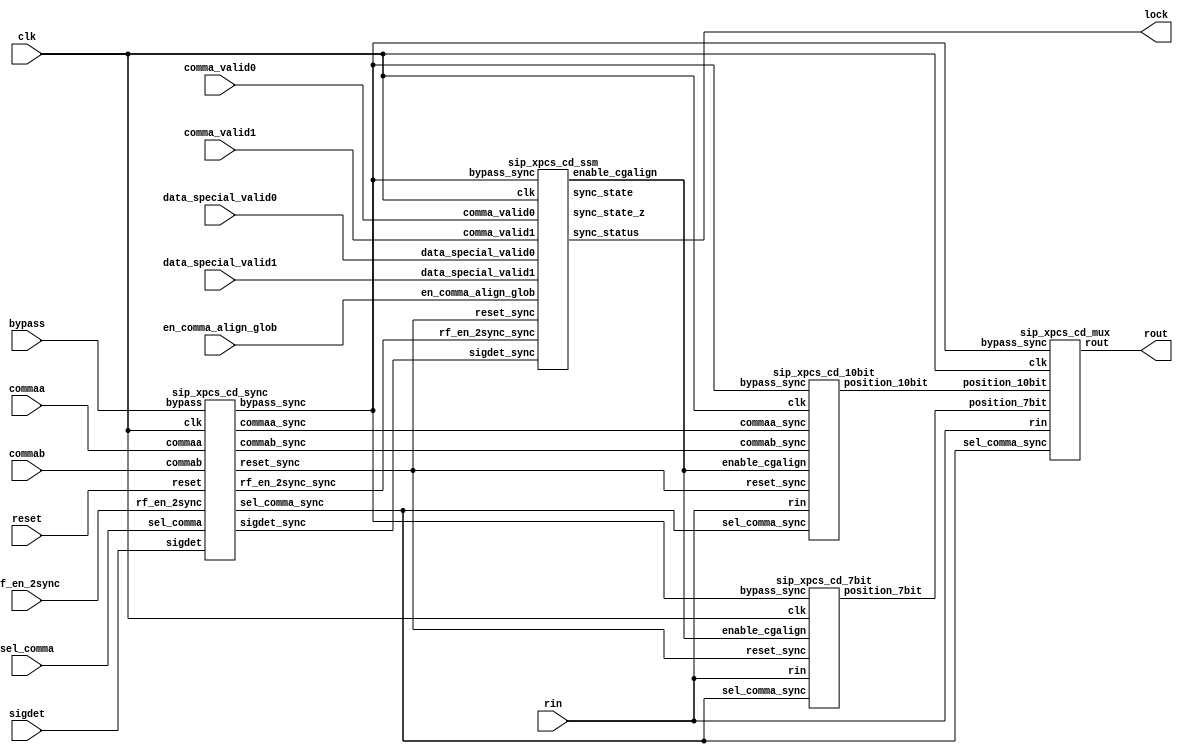
//-----------------------------------------------------------------------------
// Title         : sip_xpcs_comma_detect
// Project       : SIP
//-----------------------------------------------------------------------------
//-----------------------------------------------------------------------------
// Description : This block is the comma detect block. It search for comma
// for data received from serdes, after comma is found offset is locked 
// and correct data is forwarded to next block.    
//-----------------------------------------------------------------------------
// Copyright (c) 2007  Marvell International Ltd.
//
// THIS CODE CONTAINS CONFIDENTIAL INFORMATION OF MARVELL SEMICONDUCTOR, INC.
// NO RIGHTS ARE GRANTED HEREIN UNDER ANY PATENT, MASK WORK RIGHT OR COPYRIGHT
// OF MARVELL OR ANY THIRD PARTY. MARVELL RESERVES THE RIGHT AT ITS SOLE
// DISCRETION TO REQUEST THAT THIS CODE BE IMMEDIATELY RETURNED TO MARVELL.
// THIS CODE IS PROVIDED "AS IS". MARVELL MAKES NO WARRANTIES, EXPRESS,
// IMPLIED OR OTHERWISE, REGARDING ITS ACCURACY, COMPLETENESS OR PERFORMANCE.
//
//------------------------------------------------------------------------------
// Modification history :
// 12/12/2007  : created
//-----------------------------------------------------------------------------
module sip_xpcs_comma_detect (/*AUTOARG*/
   // Outputs
   lock, rout, 
   // Inputs
   bypass, clk, comma_valid0, comma_valid1, commaa, commab, 
   data_special_valid0, data_special_valid1, reset, rin, sel_comma, 
   sigdet, en_comma_align_glob, rf_en_2sync
   );



   output		lock;			// From cd_ssm of cd_ssm.v
   output [19:0]	rout;			// From cd_mux of cd_mux.v

   input		bypass;			// To cd_7bit of cd_7bit.v, ...
   input		clk;			// To cd_7bit of cd_7bit.v, ...
   input		comma_valid0;		// To cd_ssm of cd_ssm.v
   input		comma_valid1;		// To cd_ssm of cd_ssm.v
   input [9:0]		commaa;			// To cd_10bit of cd_10bit.v
   input [9:0]		commab;			// To cd_10bit of cd_10bit.v
   input		data_special_valid0;	// To cd_ssm of cd_ssm.v
   input		data_special_valid1;	// To cd_ssm of cd_ssm.v
   input		reset;			// To cd_7bit of cd_7bit.v, ...
   input [19:0]		rin;			// To cd_7bit of cd_7bit.v, ...
   input		sel_comma;		// To cd_7bit of cd_7bit.v, ...
   input		sigdet;			// To cd_ssm of cd_ssm.v
   input 		en_comma_align_glob;    // To cd_ssm. Added by Erez Reches 21Oct01
   input                rf_en_2sync;          // Skip Synch FSM 
   /*AUTOWIRE*/
   // Beginning of automatic wires (for undeclared instantiated-module outputs)
   wire			bypass_sync;		// From cd_sync of cd_sync.v
   wire [9:0]		commaa_sync;		// From cd_sync of cd_sync.v
   wire [9:0]		commab_sync;		// From cd_sync of cd_sync.v
   wire			enable_cgalign;		// From cd_ssm of cd_ssm.v
   wire [4:0]		position_10bit;		// From cd_10bit of cd_10bit.v
   wire [4:0]		position_7bit;		// From cd_7bit of cd_7bit.v
   wire			reset_sync;		// From cd_sync of cd_sync.v
   wire			sel_comma_sync;		// From cd_sync of cd_sync.v
   wire			sigdet_sync;		// From cd_sync of cd_sync.v
   wire [10:0]		sync_state;		// From cd_ssm of cd_ssm.v
   wire [10:0]		sync_state_z;		// From cd_ssm of cd_ssm.v
   // End of automatics

   wire                 rf_en_2sync_sync;

/*
   cd_ssm AUTO_TEMPLATE (
		  // Outputs
		  .sync_status		(lock));
*/


// drorb: Sample input signals
   sip_xpcs_cd_sync cd_sync (/*AUTOINST*/
		    // Outputs
		    .bypass_sync	(bypass_sync),
		    .commaa_sync	(commaa_sync[9:0]),
		    .commab_sync	(commab_sync[9:0]),
		    .reset_sync		(reset_sync),
		    .sel_comma_sync	(sel_comma_sync),
		    .sigdet_sync	(sigdet_sync),
		    .rf_en_2sync_sync(rf_en_2sync_sync),
		    // Inputs
		    .bypass		(bypass),
		    .clk		(clk),
		    .commaa		(commaa[9:0]),
		    .commab		(commab[9:0]),
		    .reset		(reset),
		    .sel_comma		(sel_comma),
		    .sigdet		(sigdet),
		    .rf_en_2sync           (rf_en_2sync));


// drorb: Find comma index 
   sip_xpcs_cd_7bit cd_7bit (/*AUTOINST*/
		    // Outputs
		    .position_7bit	(position_7bit[4:0]),
		    // Inputs
		    .bypass_sync	(bypass_sync),
		    .clk		(clk),
		    .enable_cgalign	(enable_cgalign),
		    .reset_sync		(reset_sync),
		    .rin		(rin[19:0]),
		    .sel_comma_sync	(sel_comma_sync));


// drorb: This block is not used.
   sip_xpcs_cd_10bit cd_10bit (/*AUTOINST*/
		      // Outputs
		      .position_10bit	(position_10bit[4:0]),
		      // Inputs
		      .bypass_sync	(bypass_sync),
		      .clk		(clk),
		      .commaa_sync	(commaa_sync[9:0]),
		      .commab_sync	(commab_sync[9:0]),
		      .enable_cgalign	(enable_cgalign),
		      .reset_sync	(reset_sync),
		      .rin		(rin[19:0]),
		      .sel_comma_sync	(sel_comma_sync));



// drorb: The 'cd_ssm' is the standard Synch FSM (Figure 48-7, 802.3ae)

   sip_xpcs_cd_ssm cd_ssm (/*AUTOINST*/
		  // Outputs
		  .enable_cgalign	(enable_cgalign),
		  .sync_status		(lock),			 // Templated
		  .sync_state		(sync_state[10:0]),
		  .sync_state_z		(sync_state_z[10:0]),
		  // Inputs
		  .bypass_sync		(bypass_sync),
		  .clk			(clk),
		  .comma_valid0		(comma_valid0),
		  .comma_valid1		(comma_valid1),
		  .data_special_valid0	(data_special_valid0),
		  .data_special_valid1	(data_special_valid1),
		  .reset_sync		(reset_sync),
		  .sigdet_sync		(sigdet_sync),
		  .en_comma_align_glob	(en_comma_align_glob),
		  .rf_en_2sync_sync   (rf_en_2sync_sync));


// drorb: 'sel_comma_sync' is always 1 (at Top level), which means only position_7bit is used.

   sip_xpcs_cd_mux cd_mux (/*AUTOINST*/
		  // Outputs
		  .rout			(rout[19:0]),
		  // Inputs
		  .bypass_sync		(bypass_sync),
		  .clk			(clk),
		  .position_7bit	(position_7bit[4:0]),
		  .position_10bit	(position_10bit[4:0]),
		  .rin			(rin[19:0]),
		  .sel_comma_sync	(sel_comma_sync));

endmodule // comma_detect


module sip_xpcs_cd_sync (/*AUTOARG*/
   // Outputs
   bypass_sync, commaa_sync, commab_sync, reset_sync, sel_comma_sync, 
   sigdet_sync, rf_en_2sync_sync, 
   // Inputs
   bypass, clk, commaa, commab, reset, sel_comma, sigdet, rf_en_2sync
   );

   output bypass_sync;
   output [9:0] commaa_sync;
   output [9:0] commab_sync;
   output reset_sync;
   output sel_comma_sync;
   output sigdet_sync;
   output rf_en_2sync_sync;

   input bypass;
   input clk;
   input [9:0] commaa;
   input [9:0] commab;
   input reset;
   input sel_comma;
   input sigdet;
   input rf_en_2sync; 

   reg bypass_sync;
   reg [9:0] commaa_sync;
   reg [9:0] commab_sync;
   reg reset_sync;
   reg sel_comma_sync;
   reg sigdet_sync;
   reg rf_en_2sync_sync;

   always @(posedge clk)
    begin
     bypass_sync <= #1 bypass;
     commaa_sync <= #1 commaa;
     commab_sync <= #1 commab;
     reset_sync <= #1 reset;
     sel_comma_sync <= #1 sel_comma;
     sigdet_sync <= #1 sigdet;
     rf_en_2sync_sync <= #1 rf_en_2sync;
    end

endmodule // cd_sync


module sip_xpcs_cd_7bit (/*AUTOARG*/
   // Outputs
   position_7bit, 
   // Inputs
   bypass_sync, clk, enable_cgalign, reset_sync, rin, sel_comma_sync
   );

   output [4:0] position_7bit;

   input bypass_sync;
   input clk;
   input enable_cgalign;
   input reset_sync;
   input [19:0] rin;
   input sel_comma_sync;

   parameter COMMA_N = 7'b1111100;
   parameter COMMA_P = 7'b0000011;
   parameter POSITION_0 = 5'd0;
   parameter POSITION_1 = 5'd1;
   parameter POSITION_2 = 5'd2;
   parameter POSITION_3 = 5'd3;
   parameter POSITION_4 = 5'd4;
   parameter POSITION_5 = 5'd5;
   parameter POSITION_6 = 5'd6;
   parameter POSITION_7 = 5'd7;
   parameter POSITION_8 = 5'd8;
   parameter POSITION_9 = 5'd9;
   parameter POSITION_10 = 5'd10;
   parameter POSITION_11 = 5'd11;
   parameter POSITION_12 = 5'd12;
   parameter POSITION_13 = 5'd13;
   parameter POSITION_14 = 5'd14;
   parameter POSITION_15 = 5'd15;
   parameter POSITION_16 = 5'd16;
   parameter POSITION_17 = 5'd17;
   parameter POSITION_18 = 5'd18;
   parameter POSITION_19 = 5'd19;

   reg comma_found;
   //reg [19:0] comma_pos;
   reg [4:0] position_7bit;
   reg [4:0] position;
   reg [19:0] rin_z;
   
   reg comma_pos_0;
   reg comma_pos_1;
   reg comma_pos_2;
   reg comma_pos_3;
   reg comma_pos_4;
   reg comma_pos_5;
   reg comma_pos_6;
   reg comma_pos_7;
   reg comma_pos_8;
   reg comma_pos_9;
   reg comma_pos_10;
   reg comma_pos_11;
   reg comma_pos_12;
   reg comma_pos_13;
   reg comma_pos_14;
   reg comma_pos_15;
   reg comma_pos_16;
   reg comma_pos_17;
   reg comma_pos_18;
   reg comma_pos_19;


   wire [19:0] comma_pos;

   assign comma_pos = {comma_pos_19,
                       comma_pos_18,
                       comma_pos_17,
                       comma_pos_16,
                       comma_pos_15,
                       comma_pos_14,
                       comma_pos_13,
                       comma_pos_12,
                       comma_pos_11,
                       comma_pos_10,
                       comma_pos_9,
                       comma_pos_8,
                       comma_pos_7,
                       comma_pos_6,
                       comma_pos_5,
                       comma_pos_4,
                       comma_pos_3,
                       comma_pos_2,
                       comma_pos_1,
                       comma_pos_0};
     
   wire [25:0] datain;
   wire reset_7bit_det;

   assign reset_7bit_det = reset_sync | bypass_sync | ~sel_comma_sync;
   assign datain = {rin[5:0],rin_z};

   always @(posedge clk)
    begin
     rin_z <= #1 rin;
    end

   always @(posedge clk)
    begin
     if (reset_7bit_det)
      begin
       comma_pos_0 <= 1'b0;
      end
     else if ((datain[6:0] == COMMA_N) | (datain[6:0] == COMMA_P))
      begin
       comma_pos_0 <= 1'b1;
      end
     else
      begin
       comma_pos_0 <= 1'b0;
      end
    end

   always @(posedge clk)
    begin
     if (reset_7bit_det)
      begin
       comma_pos_1 <= 1'b0;
      end
     else if ((datain[7:1] == COMMA_N) | (datain[7:1] == COMMA_P))
      begin
       comma_pos_1 <= 1'b1;
      end
     else
      begin
       comma_pos_1 <= 1'b0;
      end
    end

   always @(posedge clk)
    begin
     if (reset_7bit_det)
      begin
       comma_pos_2 <= 1'b0;
      end
     else if ((datain[8:2] == COMMA_N) | (datain[8:2] == COMMA_P))
      begin
       comma_pos_2 <= 1'b1;
      end
     else
      begin
       comma_pos_2 <= 1'b0;
      end
    end

   always @(posedge clk)
    begin
     if (reset_7bit_det)
      begin
       comma_pos_3 <= 1'b0;
      end
     else if ((datain[9:3] == COMMA_N) | (datain[9:3] == COMMA_P))
      begin
       comma_pos_3 <= 1'b1;
      end
     else
      begin
       comma_pos_3 <= 1'b0;
      end
    end

   always @(posedge clk)
    begin
     if (reset_7bit_det)
      begin
       comma_pos_4 <= 1'b0;
      end
     else if ((datain[10:4] == COMMA_N) | (datain[10:4] == COMMA_P))
      begin
       comma_pos_4 <= 1'b1;
      end
     else
      begin
       comma_pos_4 <= 1'b0;
      end
    end

   always @(posedge clk)
    begin
     if (reset_7bit_det)
      begin
       comma_pos_5 <= 1'b0;
      end
     else if ((datain[11:5] == COMMA_N) | (datain[11:5] == COMMA_P))
      begin
       comma_pos_5 <= 1'b1;
      end
     else
      begin
       comma_pos_5 <= 1'b0;
      end
    end

   always @(posedge clk)
    begin
     if (reset_7bit_det)
      begin
       comma_pos_6 <= 1'b0;
      end
     else if ((datain[12:6] == COMMA_N) | (datain[12:6] == COMMA_P))
      begin
       comma_pos_6 <= 1'b1;
      end
     else
      begin
       comma_pos_6 <= 1'b0;
      end
    end

   always @(posedge clk)
    begin
     if (reset_7bit_det)
      begin
       comma_pos_7 <= 1'b0;
      end
     else if ((datain[13:7] == COMMA_N) | (datain[13:7] == COMMA_P))
      begin
       comma_pos_7 <= 1'b1;
      end
     else
      begin
       comma_pos_7 <= 1'b0;
      end
    end

   always @(posedge clk)
    begin
     if (reset_7bit_det)
      begin
       comma_pos_8 <= 1'b0;
      end
     else if ((datain[14:8] == COMMA_N) | (datain[14:8] == COMMA_P))
      begin
       comma_pos_8 <= 1'b1;
      end
     else
      begin
       comma_pos_8 <= 1'b0;
      end
    end

   always @(posedge clk)
    begin
     if (reset_7bit_det)
      begin
       comma_pos_9 <= 1'b0;
      end
     else if ((datain[15:9] == COMMA_N) | (datain[15:9] == COMMA_P))
      begin
       comma_pos_9 <= 1'b1;
      end
     else
      begin
       comma_pos_9 <= 1'b0;
      end
    end

   always @(posedge clk)
    begin
     if (reset_7bit_det)
      begin
       comma_pos_10 <= 1'b0;
      end
     else if ((datain[16:10] == COMMA_N) | (datain[16:10] == COMMA_P))
      begin
       comma_pos_10 <= 1'b1;
      end
     else
      begin
       comma_pos_10 <= 1'b0;
      end
    end

   always @(posedge clk)
    begin
     if (reset_7bit_det)
      begin
       comma_pos_11 <= 1'b0;
      end
     else if ((datain[17:11] == COMMA_N) | (datain[17:11] == COMMA_P))
      begin
       comma_pos_11 <= 1'b1;
      end
     else
      begin
       comma_pos_11 <= 1'b0;
      end
    end

   always @(posedge clk)
    begin
     if (reset_7bit_det)
      begin
       comma_pos_12 <= 1'b0;
      end
     else if ((datain[18:12] == COMMA_N) | (datain[18:12] == COMMA_P))
      begin
       comma_pos_12 <= 1'b1;
      end
     else
      begin
       comma_pos_12 <= 1'b0;
      end
    end

   always @(posedge clk)
    begin
     if (reset_7bit_det)
      begin
       comma_pos_13 <= 1'b0;
      end
     else if ((datain[19:13] == COMMA_N) | (datain[19:13] == COMMA_P))
      begin
       comma_pos_13 <= 1'b1;
      end
     else
      begin
       comma_pos_13 <= 1'b0;
      end
    end

   always @(posedge clk)
    begin
     if (reset_7bit_det)
      begin
       comma_pos_14 <= 1'b0;
      end
     else if ((datain[20:14] == COMMA_N) | (datain[20:14] == COMMA_P))
      begin
       comma_pos_14 <= 1'b1;
      end
     else
      begin
       comma_pos_14 <= 1'b0;
      end
    end

   always @(posedge clk)
    begin
     if (reset_7bit_det)
      begin
       comma_pos_15 <= 1'b0;
      end
     else if ((datain[21:15] == COMMA_N) | (datain[21:15] == COMMA_P))
      begin
       comma_pos_15 <= 1'b1;
      end
     else
      begin
       comma_pos_15 <= 1'b0;
      end
    end

   always @(posedge clk)
    begin
     if (reset_7bit_det)
      begin
       comma_pos_16 <= 1'b0;
      end
     else if ((datain[22:16] == COMMA_N) | (datain[22:16] == COMMA_P))
      begin
       comma_pos_16 <= 1'b1;
      end
     else
      begin
       comma_pos_16 <= 1'b0;
      end
    end

   always @(posedge clk)
    begin
     if (reset_7bit_det)
      begin
       comma_pos_17 <= 1'b0;
      end
     else if ((datain[23:17] == COMMA_N) | (datain[23:17] == COMMA_P))
      begin
       comma_pos_17 <= 1'b1;
      end
     else
      begin
       comma_pos_17 <= 1'b0;
      end
    end

   always @(posedge clk)
    begin
     if (reset_7bit_det)
      begin
       comma_pos_18 <= 1'b0;
      end
     else if ((datain[24:18] == COMMA_N) | (datain[24:18] == COMMA_P))
      begin
       comma_pos_18 <= 1'b1;
      end
     else
      begin
       comma_pos_18 <= 1'b0;
      end
    end

   always @(posedge clk)
    begin
     if (reset_7bit_det)
      begin
       comma_pos_19 <= 1'b0;
      end
     else if ((datain[25:19] == COMMA_N) | (datain[25:19] == COMMA_P))
      begin
       comma_pos_19 <= 1'b1;
      end
     else
      begin
       comma_pos_19 <= 1'b0;
      end
    end

   always @(posedge clk)
    begin
     if (reset_7bit_det)
      begin
       position_7bit <= #1 POSITION_0;
      end
     else if (~enable_cgalign)
      begin
       position_7bit <= #1 position_7bit;
      end
     else if (comma_found)
      begin
       position_7bit <= #1 position;
      end
     else
      begin
       position_7bit <= #1 position_7bit;
      end
    end

   always @(/*AUTOSENSE*/comma_pos or reset_7bit_det)
    begin
     if (reset_7bit_det)
      begin
       position = POSITION_0;
       comma_found = 1'b0;
      end // if (reset_7bit_det)
     else
      begin
       case (comma_pos) 
        20'b00000000000000000001, 20'b00000000010000000001:
         begin
          comma_found = 1'b1;
          position = POSITION_0;
         end
        20'b00000000000000000010, 20'b00000000100000000010:
         begin
          comma_found = 1'b1;
          position = POSITION_1;
         end
        20'b00000000000000000100, 20'b00000001000000000100:
         begin
          comma_found = 1'b1;
          position = POSITION_2;
         end
        20'b00000000000000001000, 20'b00000010000000001000:
         begin
          comma_found = 1'b1;
          position = POSITION_3;
         end
        20'b00000000000000010000, 20'b00000100000000010000:
         begin
          comma_found = 1'b1;
          position = POSITION_4;
         end
        20'b00000000000000100000, 20'b00001000000000100000:
         begin
          comma_found = 1'b1;
          position = POSITION_5;
         end
        20'b00000000000001000000, 20'b00010000000001000000:
         begin
          comma_found = 1'b1;
          position = POSITION_6;
         end
        20'b00000000000010000000, 20'b00100000000010000000:
         begin
          comma_found = 1'b1;
          position = POSITION_7;
         end
        20'b00000000000100000000, 20'b01000000000100000000:
         begin
          comma_found = 1'b1;
          position = POSITION_8;
         end
        20'b00000000001000000000, 20'b10000000001000000000:
         begin
          comma_found = 1'b1;
          position = POSITION_9;
         end
        20'b00000000010000000000:
         begin
          comma_found = 1'b1;
          position = POSITION_10;
         end
        20'b00000000100000000000:
         begin
          comma_found = 1'b1;
          position = POSITION_11;
         end
        20'b00000001000000000000:
         begin
          comma_found = 1'b1;
          position = POSITION_12;
         end
        20'b00000010000000000000:
         begin
          comma_found = 1'b1;
          position = POSITION_13;
         end
        20'b00000100000000000000:
         begin
          comma_found = 1'b1;
          position = POSITION_14;
         end
        20'b00001000000000000000:
         begin
          comma_found = 1'b1;
          position = POSITION_15;
         end
        20'b00010000000000000000:
         begin
          comma_found = 1'b1;
          position = POSITION_16;
         end
        20'b00100000000000000000:
         begin
          comma_found = 1'b1;
          position = POSITION_17;
         end
        20'b01000000000000000000:
         begin
          comma_found = 1'b1;
          position = POSITION_18;
         end
        20'b10000000000000000000:
         begin
          comma_found = 1'b1;
          position = POSITION_19;
         end
        default:
         begin
          comma_found = 1'b0;
          position = POSITION_0;
         end
       endcase
      end
    end

endmodule // cd_7bit


module sip_xpcs_cd_10bit (/*AUTOARG*/
   // Outputs
   position_10bit, 
   // Inputs
   bypass_sync, clk, commaa_sync, commab_sync, enable_cgalign, 
   reset_sync, rin, sel_comma_sync
   );

   output [4:0] position_10bit;

   input bypass_sync;
   input clk;
   input [9:0] commaa_sync;
   input [9:0] commab_sync;
   input enable_cgalign;
   input reset_sync;
   input [19:0] rin;
   input sel_comma_sync;

   parameter COMMA_N = 7'b1111100;
   parameter COMMA_P = 7'b0000011;
   parameter POSITION_0 = 5'd0;
   parameter POSITION_1 = 5'd1;
   parameter POSITION_2 = 5'd2;
   parameter POSITION_3 = 5'd3;
   parameter POSITION_4 = 5'd4;
   parameter POSITION_5 = 5'd5;
   parameter POSITION_6 = 5'd6;
   parameter POSITION_7 = 5'd7;
   parameter POSITION_8 = 5'd8;
   parameter POSITION_9 = 5'd9;
   parameter POSITION_10 = 5'd10;
   parameter POSITION_11 = 5'd11;
   parameter POSITION_12 = 5'd12;
   parameter POSITION_13 = 5'd13;
   parameter POSITION_14 = 5'd14;
   parameter POSITION_15 = 5'd15;
   parameter POSITION_16 = 5'd16;
   parameter POSITION_17 = 5'd17;
   parameter POSITION_18 = 5'd18;
   parameter POSITION_19 = 5'd19;

   reg comma_found;
   //reg [19:0] comma_pos;
   reg [4:0] position_10bit;
   reg [4:0] position;
   reg [19:0] rin_z;

   reg comma_pos_0;
   reg comma_pos_1;
   reg comma_pos_2;
   reg comma_pos_3;
   reg comma_pos_4;
   reg comma_pos_5;
   reg comma_pos_6;
   reg comma_pos_7;
   reg comma_pos_8;
   reg comma_pos_9;
   reg comma_pos_10;
   reg comma_pos_11;
   reg comma_pos_12;
   reg comma_pos_13;
   reg comma_pos_14;
   reg comma_pos_15;
   reg comma_pos_16;
   reg comma_pos_17;
   reg comma_pos_18;
   reg comma_pos_19;

   wire [19:0] comma_pos;
   assign comma_pos = {comma_pos_19,
                       comma_pos_18,
                       comma_pos_17,
                       comma_pos_16,
                       comma_pos_15,
                       comma_pos_14,
                       comma_pos_13,
                       comma_pos_12,
                       comma_pos_11,
                       comma_pos_10,
                       comma_pos_9,
                       comma_pos_8,
                       comma_pos_7,
                       comma_pos_6,
                       comma_pos_5,
                       comma_pos_4,
                       comma_pos_3,
                       comma_pos_2,
                       comma_pos_1,
                       comma_pos_0};

   wire [28:0] datain;
   wire reset_10bit_det;

   assign reset_10bit_det = reset_sync | bypass_sync | sel_comma_sync;
   assign datain = {rin[8:0],rin_z};

   always @(posedge clk)
    begin
     rin_z <= #1 rin;
    end

   always @(posedge clk)
    begin
     if (reset_10bit_det)
      begin
       comma_pos_0 <= 1'b0;
      end
     else if ((datain[9:0] == commaa_sync) | (datain[9:0] == commab_sync))
      begin
       comma_pos_0 <= 1'b1;
      end
     else
      begin
       comma_pos_0 <= 1'b0;
      end
    end

   always @(posedge clk)
    begin
     if (reset_10bit_det)
      begin
       comma_pos_1 <= 1'b0;
      end
     else if ((datain[10:1] == commaa_sync) | (datain[10:1] == commab_sync))
      begin
       comma_pos_1 <= 1'b1;
      end
     else
      begin
       comma_pos_1 <= 1'b0;
      end
    end

   always @(posedge clk)
    begin
     if (reset_10bit_det)
      begin
       comma_pos_2 <= 1'b0;
      end
     else if ((datain[11:2] == commaa_sync) | (datain[11:2] == commab_sync))
      begin
       comma_pos_2 <= 1'b1;
      end
     else
      begin
       comma_pos_2 <= 1'b0;
      end
    end

   always @(posedge clk)
    begin
     if (reset_10bit_det)
      begin
       comma_pos_3 <= 1'b0;
      end
     else if ((datain[12:3] == commaa_sync) | (datain[12:3] == commab_sync))
      begin
       comma_pos_3 <= 1'b1;
      end
     else
      begin
       comma_pos_3 <= 1'b0;
      end
    end

   always @(posedge clk)
    begin
     if (reset_10bit_det)
      begin
       comma_pos_4 <= 1'b0;
      end
     else if ((datain[13:4] == commaa_sync) | (datain[13:4] == commab_sync))
      begin
       comma_pos_4 <= 1'b1;
      end
     else
      begin
       comma_pos_4 <= 1'b0;
      end
    end

   always @(posedge clk)
    begin
     if (reset_10bit_det)
      begin
       comma_pos_5 <= 1'b0;
      end
     else if ((datain[14:5] == commaa_sync) | (datain[14:5] == commab_sync))
      begin
       comma_pos_5 <= 1'b1;
      end
     else
      begin
       comma_pos_5 <= 1'b0;
      end
    end

   always @(posedge clk)
    begin
     if (reset_10bit_det)
      begin
       comma_pos_6 <= 1'b0;
      end
     else if ((datain[15:6] == commaa_sync) | (datain[15:6] == commab_sync))
      begin
       comma_pos_6 <= 1'b1;
      end
     else
      begin
       comma_pos_6 <= 1'b0;
      end
    end

   always @(posedge clk)
    begin
     if (reset_10bit_det)
      begin
       comma_pos_7 <= 1'b0;
      end
     else if ((datain[16:7] == commaa_sync) | (datain[16:7] == commab_sync))
      begin
       comma_pos_7 <= 1'b1;
      end
     else
      begin
       comma_pos_7 <= 1'b0;
      end
    end

   always @(posedge clk)
    begin
     if (reset_10bit_det)
      begin
       comma_pos_8 <= 1'b0;
      end
     else if ((datain[17:8] == commaa_sync) | (datain[17:8] == commab_sync))
      begin
       comma_pos_8 <= 1'b1;
      end
     else
      begin
       comma_pos_8 <= 1'b0;
      end
    end

   always @(posedge clk)
    begin
     if (reset_10bit_det)
      begin
       comma_pos_9 <= 1'b0;
      end
     else if ((datain[18:9] == commaa_sync) | (datain[18:9] == commab_sync))
      begin
       comma_pos_9 <= 1'b1;
      end
     else
      begin
       comma_pos_9 <= 1'b0;
      end
    end

   always @(posedge clk)
    begin
     if (reset_10bit_det)
      begin
       comma_pos_10 <= 1'b0;
      end
     else if ((datain[19:10] == commaa_sync) | (datain[19:10] == commab_sync))
      begin
       comma_pos_10 <= 1'b1;
      end
     else
      begin
       comma_pos_10 <= 1'b0;
      end
    end

   always @(posedge clk)
    begin
     if (reset_10bit_det)
      begin
       comma_pos_11 <= 1'b0;
      end
     else if ((datain[20:11] == commaa_sync) | (datain[20:11] == commab_sync))
      begin
       comma_pos_11 <= 1'b1;
      end
     else
      begin
       comma_pos_11 <= 1'b0;
      end
    end

   always @(posedge clk)
    begin
     if (reset_10bit_det)
      begin
       comma_pos_12 <= 1'b0;
      end
     else if ((datain[21:12] == commaa_sync) | (datain[21:12] == commab_sync))
      begin
       comma_pos_12 <= 1'b1;
      end
     else
      begin
       comma_pos_12 <= 1'b0;
      end
    end

   always @(posedge clk)
    begin
     if (reset_10bit_det)
      begin
       comma_pos_13 <= 1'b0;
      end
     else if ((datain[22:13] == commaa_sync) | (datain[22:13] == commab_sync))
      begin
       comma_pos_13 <= 1'b1;
      end
     else
      begin
       comma_pos_13 <= 1'b0;
      end
    end

   always @(posedge clk)
    begin
     if (reset_10bit_det)
      begin
       comma_pos_14 <= 1'b0;
      end
     else if ((datain[23:14] == commaa_sync) | (datain[23:14] == commab_sync))
      begin
       comma_pos_14 <= 1'b1;
      end
     else
      begin
       comma_pos_14 <= 1'b0;
      end
    end

   always @(posedge clk)
    begin
     if (reset_10bit_det)
      begin
       comma_pos_15 <= 1'b0;
      end
     else if ((datain[24:15] == commaa_sync) | (datain[24:15] == commab_sync))
      begin
       comma_pos_15 <= 1'b1;
      end
     else
      begin
       comma_pos_15 <= 1'b0;
      end
    end

   always @(posedge clk)
    begin
     if (reset_10bit_det)
      begin
       comma_pos_16 <= 1'b0;
      end
     else if ((datain[25:16] == commaa_sync) | (datain[25:16] == commab_sync))
      begin
       comma_pos_16 <= 1'b1;
      end
     else
      begin
       comma_pos_16 <= 1'b0;
      end
    end

   always @(posedge clk)
    begin
     if (reset_10bit_det)
      begin
       comma_pos_17 <= 1'b0;
      end
     else if ((datain[26:17] == commaa_sync) | (datain[26:17] == commab_sync))
      begin
       comma_pos_17 <= 1'b1;
      end
     else
      begin
       comma_pos_17 <= 1'b0;
      end
    end

   always @(posedge clk)
    begin
     if (reset_10bit_det)
      begin
       comma_pos_18 <= 1'b0;
      end
     else if ((datain[27:18] == commaa_sync) | (datain[27:18] == commab_sync))
      begin
       comma_pos_18 <= 1'b1;
      end
     else
      begin
       comma_pos_18 <= 1'b0;
      end
    end

   always @(posedge clk)
    begin
     if (reset_10bit_det)
      begin
       comma_pos_19 <= 1'b0;
      end
     else if ((datain[28:19] == commaa_sync) | (datain[28:19] == commab_sync))
      begin
       comma_pos_19 <= 1'b1;
      end
     else
      begin
       comma_pos_19 <= 1'b0;
      end
    end

   always @(posedge clk)
    begin
     if (reset_10bit_det)
      begin
       position_10bit <= #1 POSITION_0;
      end
     else if (~enable_cgalign)
      begin
       position_10bit <= #1 position_10bit;
      end
     else if (comma_found)
      begin
       position_10bit <= #1 position;
      end
     else
      begin
       position_10bit <= #1 position_10bit;
      end
    end

   always @(/*AUTOSENSE*/comma_pos or reset_10bit_det)
    begin
     if (reset_10bit_det)
      begin
       comma_found = 1'b0;
       position = POSITION_0;
      end
     else
      begin
       case (comma_pos) 
        20'b00000000000000000001, 20'b00000000010000000001:
         begin
          comma_found = 1'b1;
          position = POSITION_0;
         end
        20'b00000000000000000010, 20'b00000000100000000010:
         begin
          comma_found = 1'b1;
          position = POSITION_1;
         end
        20'b00000000000000000100, 20'b00000001000000000100:
         begin
          comma_found = 1'b1;
          position = POSITION_2;
         end
        20'b00000000000000001000, 20'b00000010000000001000:
         begin
          comma_found = 1'b1;
          position = POSITION_3;
         end
        20'b00000000000000010000, 20'b00000100000000010000:
         begin
          comma_found = 1'b1;
          position = POSITION_4;
         end
        20'b00000000000000100000, 20'b00001000000000100000:
         begin
          comma_found = 1'b1;
          position = POSITION_5;
         end
        20'b00000000000001000000, 20'b00010000000001000000:
         begin
          comma_found = 1'b1;
          position = POSITION_6;
         end
        20'b00000000000010000000, 20'b00100000000010000000:
         begin
          comma_found = 1'b1;
          position = POSITION_7;
         end
        20'b00000000000100000000, 20'b01000000000100000000:
         begin
          comma_found = 1'b1;
          position = POSITION_8;
         end
        20'b00000000001000000000, 20'b10000000001000000000:
         begin
          comma_found = 1'b1;
          position = POSITION_9;
         end
        20'b00000000010000000000:
         begin
          comma_found = 1'b1;
          position = POSITION_10;
         end
        20'b00000000100000000000:
         begin
          comma_found = 1'b1;
          position = POSITION_11;
         end
        20'b00000001000000000000:
         begin
          comma_found = 1'b1;
          position = POSITION_12;
         end
        20'b00000010000000000000:
         begin
          comma_found = 1'b1;
          position = POSITION_13;
         end
        20'b00000100000000000000:
         begin
          comma_found = 1'b1;
          position = POSITION_14;
         end
        20'b00001000000000000000:
         begin
          comma_found = 1'b1;
          position = POSITION_15;
         end
        20'b00010000000000000000:
         begin
          comma_found = 1'b1;
          position = POSITION_16;
         end
        20'b00100000000000000000:
         begin
          comma_found = 1'b1;
          position = POSITION_17;
         end
        20'b01000000000000000000:
         begin
          comma_found = 1'b1;
          position = POSITION_18;
         end
        20'b10000000000000000000:
         begin
          comma_found = 1'b1;
          position = POSITION_19;
         end
        default:
         begin
          comma_found = 1'b0;
          position = POSITION_0;
         end
       endcase
      end
    end

endmodule // cd_10bit


module sip_xpcs_cd_ssm (/*AUTOARG*/
   // Outputs
   enable_cgalign, sync_status, sync_state, sync_state_z, 
   // Inputs
   bypass_sync, clk, comma_valid0, comma_valid1, data_special_valid0, 
   data_special_valid1, reset_sync, sigdet_sync, en_comma_align_glob,
   rf_en_2sync_sync
   );

   output enable_cgalign;
   output sync_status;
   output [10:0] sync_state;
   output [10:0] sync_state_z;

   input bypass_sync;
   input clk;
   input comma_valid0;
   input comma_valid1;
   input data_special_valid0;
   input data_special_valid1;
   input reset_sync;
   input sigdet_sync;
   input en_comma_align_glob;  //Added by Erez Reches 21Oct01
   input rf_en_2sync_sync;   // drorb


   // comma code groups
   //parameter K28_7 = 8'b1111_1100;
   parameter K28_5 = 8'b1011_1100; // sync K code group
   //parameter K28_1 = 8'b0011_1100;

   parameter K28_3 = 8'b0111_1100; // align code group

   parameter FALSE = 1'b0;
   parameter TRUE  = 1'b1;

   parameter SYNC_FAIL = 1'b0;
   parameter SYNC_OK   = 1'b1;

   parameter LOSS_OF_SYNC     = 11'b00000000001;
   parameter COMMA_DETECT_1   = 11'b00000000010;
   parameter COMMA_DETECT_2   = 11'b00000000100;
   parameter COMMA_DETECT_3   = 11'b00000001000;
   parameter SYNC_ACQUIRED_1  = 11'b00000010000;
   parameter SYNC_ACQUIRED_2  = 11'b00000100000;
   parameter SYNC_ACQUIRED_2A = 11'b00001000000;
   parameter SYNC_ACQUIRED_3  = 11'b00010000000;
   parameter SYNC_ACQUIRED_3A = 11'b00100000000;
   parameter SYNC_ACQUIRED_4  = 11'b01000000000;
   parameter SYNC_ACQUIRED_4A = 11'b10000000000;

   reg sigdet_z;
   wire sigdet_change;

   wire reset_ssm;

   reg enable_cgalign;
   reg enable_cgalign_wire;
   reg [1:0] good_cgs;
   reg [1:0] good_cgs_wire;
   reg [10:0] sync_state;
   reg [10:0] sync_state_z;
   reg sync_status;
   reg sync_status_wire;

   assign reset_ssm = reset_sync | bypass_sync;

   assign sigdet_change = sigdet_sync ^ sigdet_z;

   always @(posedge clk)  
    sigdet_z <= #1 sigdet_sync;



  
  
  always @(posedge clk)  
    begin
       sync_state_z <= #1 sync_state;


       // drorb: 21Nov05
       // When the Comma_detect Sync FSM is disabled (when rf_en_2sync_sync=0) , force sync_status
       // to '1', which enables the external FSM work immediately after reset.
       //sync_status <= #1 sync_status_wire;
       sync_status <= #1 (sync_status_wire | ~rf_en_2sync_sync);


       // drorb: 21Nov05
       // 'en_comma_align_glob' comes from extrenal Synch FSM
       // 'enable_cgalign_wire' comes from internal Sync FSM 
       // To be std compatible, only one Synch FSM should be used, therefore the 
       //  internal Sync FSM will be skipped.
       
       // Erez Reches 21Oct01
       //  enable_cgalign <= #1 enable_cgalign_wire;
       // enable_cgalign <= #1 enable_cgalign_wire && en_comma_align_glob;

        enable_cgalign <= #1 ( enable_cgalign_wire | ~rf_en_2sync_sync)&& en_comma_align_glob;

       good_cgs <= #1 good_cgs_wire;
    end





   always @(/*AUTOSENSE*/comma_valid0 or comma_valid1
	    or data_special_valid0 or data_special_valid1 or good_cgs
	    or reset_ssm or sigdet_change or sigdet_sync
	    or sync_state_z)
    begin
     if (reset_ssm | sigdet_change)
      begin
       sync_state = LOSS_OF_SYNC;
       sync_status_wire = SYNC_FAIL;
       enable_cgalign_wire = TRUE;
       good_cgs_wire = 2'b00;
      end
     else
      case (sync_state_z) 
       LOSS_OF_SYNC:
        begin
         if (sigdet_sync & comma_valid0 & comma_valid1)
          begin
           sync_state = COMMA_DETECT_2;
           sync_status_wire = SYNC_FAIL;
           enable_cgalign_wire = FALSE;
           good_cgs_wire = 2'b00;
          end
         else if (sigdet_sync & comma_valid0 & data_special_valid1)
          begin
           sync_state = COMMA_DETECT_1;
           sync_status_wire = SYNC_FAIL;
           enable_cgalign_wire = FALSE;
           good_cgs_wire = 2'b00;
          end
         else if (sigdet_sync & comma_valid1)
          begin
           sync_state = COMMA_DETECT_1;
           sync_status_wire = SYNC_FAIL;
           enable_cgalign_wire = FALSE;
           good_cgs_wire = 2'b00;
          end
         else
          begin
           sync_state = LOSS_OF_SYNC;
           sync_status_wire = SYNC_FAIL;
           enable_cgalign_wire = TRUE;
           good_cgs_wire = 2'b00;
          end
        end
       COMMA_DETECT_1:
        begin
         if (comma_valid0 & comma_valid1)
          begin
           sync_state = COMMA_DETECT_3;
           sync_status_wire = SYNC_FAIL;
           enable_cgalign_wire = FALSE;
           good_cgs_wire = 2'b00;
          end
         else if (comma_valid0 & data_special_valid1)
          begin
           sync_state = COMMA_DETECT_2;
           sync_status_wire = SYNC_FAIL;
           enable_cgalign_wire = FALSE;
           good_cgs_wire = 2'b00;
          end
         else if (data_special_valid0 & comma_valid1)
          begin
           sync_state = COMMA_DETECT_2;
           sync_status_wire = SYNC_FAIL;
           enable_cgalign_wire = FALSE;
           good_cgs_wire = 2'b00;
          end
         else if (sigdet_sync & ~data_special_valid0 & comma_valid1)
          begin
           sync_state = COMMA_DETECT_1;
           sync_status_wire = SYNC_FAIL;
           enable_cgalign_wire = FALSE;
           good_cgs_wire = 2'b00;
          end
         else if (data_special_valid0 & data_special_valid1)
          begin
           sync_state = COMMA_DETECT_1;
           sync_status_wire = SYNC_FAIL;
           enable_cgalign_wire = FALSE;
           good_cgs_wire = 2'b00;
          end
         else
          begin
           sync_state = LOSS_OF_SYNC;
           sync_status_wire = SYNC_FAIL;
           enable_cgalign_wire = TRUE;
           good_cgs_wire = 2'b00;
          end
        end
       COMMA_DETECT_2:
        begin
         if (comma_valid0 & comma_valid1)
          begin
           sync_state = SYNC_ACQUIRED_1;
           sync_status_wire = SYNC_OK;
           enable_cgalign_wire = FALSE;
           good_cgs_wire = 2'b00;
          end
         else if (comma_valid0 & data_special_valid1)
          begin
           sync_state = COMMA_DETECT_3;
           sync_status_wire = SYNC_FAIL;
           enable_cgalign_wire = FALSE;
           good_cgs_wire = 2'b00;
          end
         else if (data_special_valid0 & comma_valid1)
          begin
           sync_state = COMMA_DETECT_3;
           sync_status_wire = SYNC_FAIL;
           enable_cgalign_wire = FALSE;
           good_cgs_wire = 2'b00;
          end
         else if (data_special_valid0 & data_special_valid1)
          begin
           sync_state = COMMA_DETECT_2;
           sync_status_wire = SYNC_FAIL;
           enable_cgalign_wire = FALSE;
           good_cgs_wire = 2'b00;
          end
         else if (sigdet_sync & ~data_special_valid0 & comma_valid1)
          begin
           sync_state = COMMA_DETECT_1;
           sync_status_wire = SYNC_FAIL;
           enable_cgalign_wire = FALSE;
           good_cgs_wire = 2'b00;
          end
         else
          begin
           sync_state = LOSS_OF_SYNC;
           sync_status_wire = SYNC_FAIL;
           enable_cgalign_wire = TRUE;
           good_cgs_wire = 2'b00;
          end
        end
       COMMA_DETECT_3:
        begin
         if (comma_valid0 & data_special_valid1)
          begin
           sync_state = SYNC_ACQUIRED_1;
           sync_status_wire = SYNC_OK;
           enable_cgalign_wire = FALSE;
           good_cgs_wire = 2'b00;
          end
         else if (data_special_valid0 & comma_valid1)
          begin
           sync_state = SYNC_ACQUIRED_1;
           sync_status_wire = SYNC_OK;
           enable_cgalign_wire = FALSE;
           good_cgs_wire = 2'b00;
          end
         else if (comma_valid0 & ~data_special_valid1)
          begin
           sync_state = SYNC_ACQUIRED_2;
           sync_status_wire = SYNC_OK;
           enable_cgalign_wire = FALSE;
           good_cgs_wire = 2'b00;
          end
         else if (data_special_valid0 & data_special_valid1)
          begin
           sync_state = COMMA_DETECT_3;
           sync_status_wire = SYNC_FAIL;
           enable_cgalign_wire = FALSE;
           good_cgs_wire = 2'b00;
          end
         else if (sigdet_sync & ~data_special_valid0 & comma_valid1)
          begin
           sync_state = COMMA_DETECT_1;
           sync_status_wire = SYNC_FAIL;
           enable_cgalign_wire = FALSE;
           good_cgs_wire = 2'b00;
          end
         else
          begin
           sync_state = LOSS_OF_SYNC;
           sync_status_wire = SYNC_FAIL;
           enable_cgalign_wire = TRUE;
           good_cgs_wire = 2'b00;
          end
        end
       SYNC_ACQUIRED_1:
        begin
         if (~data_special_valid0 & ~data_special_valid1)
          begin
           sync_state = SYNC_ACQUIRED_3;
           sync_status_wire = SYNC_OK;
           enable_cgalign_wire = FALSE;
           good_cgs_wire = 2'b00;
          end
         else if (~data_special_valid0 & data_special_valid1)
          begin
           sync_state = SYNC_ACQUIRED_2A;
           sync_status_wire = SYNC_OK;
           enable_cgalign_wire = FALSE;
           good_cgs_wire = good_cgs + 2'b01;
          end
         else if (data_special_valid0 & ~data_special_valid1)
          begin
           sync_state = SYNC_ACQUIRED_2;
           sync_status_wire = SYNC_OK;
           enable_cgalign_wire = FALSE;
           good_cgs_wire = 2'b00;
          end
         else // if (data_special_valid0 & data_special_valid1)
          begin
           sync_state = SYNC_ACQUIRED_1;
           sync_status_wire = SYNC_OK;
           enable_cgalign_wire = FALSE;
           good_cgs_wire = 2'b00;
          end
        end
       SYNC_ACQUIRED_2:
        begin
         if (~data_special_valid0 & ~data_special_valid1)
          begin
           sync_state = SYNC_ACQUIRED_4;
           sync_status_wire = SYNC_OK;
           enable_cgalign_wire = FALSE;
           good_cgs_wire = 2'b00;
          end
         else if (~data_special_valid0 & data_special_valid1)
          begin
           sync_state = SYNC_ACQUIRED_3A;
           sync_status_wire = SYNC_OK;
           enable_cgalign_wire = FALSE;
           good_cgs_wire = good_cgs + 2'b01;
          end
         else if (data_special_valid0 & ~data_special_valid1)
          begin
           sync_state = SYNC_ACQUIRED_3;
           sync_status_wire = SYNC_OK;
           enable_cgalign_wire = FALSE;
           good_cgs_wire = 2'b00;
          end
         else // if (data_special_valid0 & data_special_valid1)
          begin
           sync_state = SYNC_ACQUIRED_2A;
           sync_status_wire = SYNC_OK;
           enable_cgalign_wire = FALSE;
           good_cgs_wire = good_cgs + 2'b10;
          end
        end
       SYNC_ACQUIRED_2A:
        begin
         if (~data_special_valid0 & ~data_special_valid1)
          begin
           sync_state = SYNC_ACQUIRED_4;
           sync_status_wire = SYNC_OK;
           enable_cgalign_wire = FALSE;
           good_cgs_wire = 2'b00;
          end
         else if (~data_special_valid0 & data_special_valid1)
          begin
           sync_state = SYNC_ACQUIRED_3A;
           sync_status_wire = SYNC_OK;
           enable_cgalign_wire = FALSE;
           good_cgs_wire = 2'b01;
          end
         else if (data_special_valid0 & ~data_special_valid1)
          begin
           if (good_cgs == 2'b01)
            begin
             sync_state = SYNC_ACQUIRED_3;
             sync_status_wire = SYNC_OK;
             enable_cgalign_wire = FALSE;
             good_cgs_wire = 2'b00;
            end
           else if (good_cgs == 2'b10)
            begin
             sync_state = SYNC_ACQUIRED_3;
             sync_status_wire = SYNC_OK;
             enable_cgalign_wire = FALSE;
             good_cgs_wire = 2'b00;
            end
           else // if (good_cgs == 2'b11))
            begin
             sync_state = SYNC_ACQUIRED_2;
             sync_status_wire = SYNC_OK;
             enable_cgalign_wire = FALSE;
             good_cgs_wire = 2'b00;
            end
          end
         else // if (data_special_valid0 & data_special_valid1)
          begin
           if (good_cgs == 2'b01)
            begin
             sync_state = SYNC_ACQUIRED_2A;
             sync_status_wire = SYNC_OK;
             enable_cgalign_wire = FALSE;
             good_cgs_wire = good_cgs + 2'b10;
            end
           else if (good_cgs == 2'b10)
            begin
             sync_state = SYNC_ACQUIRED_1;
             sync_status_wire = SYNC_OK;
             enable_cgalign_wire = FALSE;
             good_cgs_wire = 2'b00;
            end
           else // if (good_cgs == 2'b11)
            begin
             sync_state = SYNC_ACQUIRED_1;
             sync_status_wire = SYNC_OK;
             enable_cgalign_wire = FALSE;
             good_cgs_wire = 2'b00;
            end
          end
        end
       SYNC_ACQUIRED_3:
        begin
         if (~data_special_valid0 & ~data_special_valid1)
          begin
           sync_state = LOSS_OF_SYNC;
           sync_status_wire = SYNC_FAIL;
           enable_cgalign_wire = TRUE;
           good_cgs_wire = 2'b00;
          end
         else if (~data_special_valid0 & data_special_valid1)
          begin
           sync_state = SYNC_ACQUIRED_4A;
           sync_status_wire = SYNC_OK;
           enable_cgalign_wire = FALSE;
           good_cgs_wire = good_cgs + 2'b01;
          end
         else if (data_special_valid0 & ~data_special_valid1)
          begin
           sync_state = SYNC_ACQUIRED_4;
           sync_status_wire = SYNC_OK;
           enable_cgalign_wire = FALSE;
           good_cgs_wire = 2'b00;
          end
         else // if (data_special_valid0 & data_special_valid1)
          begin
           sync_state = SYNC_ACQUIRED_3A;
           sync_status_wire = SYNC_OK;
           enable_cgalign_wire = FALSE;
           good_cgs_wire = good_cgs + 2'b10;
          end
        end
       SYNC_ACQUIRED_3A:
        begin
         if (~data_special_valid0 & ~data_special_valid1)
          begin
           sync_state = LOSS_OF_SYNC;
           sync_status_wire = SYNC_FAIL;
           enable_cgalign_wire = TRUE;
           good_cgs_wire = 2'b00;
          end
         else if (~data_special_valid0 & data_special_valid1)
          begin
           sync_state = SYNC_ACQUIRED_4A;
           sync_status_wire = SYNC_OK;
           enable_cgalign_wire = FALSE;
           good_cgs_wire = 2'b01;
          end
         else if (data_special_valid0 & ~data_special_valid1)
          begin
           if (good_cgs == 2'b01)
            begin
             sync_state = SYNC_ACQUIRED_4;
             sync_status_wire = SYNC_OK;
             enable_cgalign_wire = FALSE;
             good_cgs_wire = 2'b00;
            end
           else if (good_cgs == 2'b10)
            begin
             sync_state = SYNC_ACQUIRED_4;
             sync_status_wire = SYNC_OK;
             enable_cgalign_wire = FALSE;
             good_cgs_wire = 2'b00;
            end
           else // if (good_cgs == 2'b11)
            begin
             sync_state = SYNC_ACQUIRED_3;
             sync_status_wire = SYNC_OK;
             enable_cgalign_wire = FALSE;
             good_cgs_wire = 2'b00;
            end
          end
         else // if (data_special_valid0 & data_special_valid1)
          begin
           if (good_cgs == 2'b01)
            begin
             sync_state = SYNC_ACQUIRED_3A;
             sync_status_wire = SYNC_OK;
             enable_cgalign_wire = FALSE;
             good_cgs_wire = good_cgs + 2'b10;
            end
           else if (good_cgs == 2'b10)
            begin
             sync_state = SYNC_ACQUIRED_2;
             sync_status_wire = SYNC_OK;
             enable_cgalign_wire = FALSE;
             good_cgs_wire = 2'b00;
            end
           else // if (good_cgs == 2'b11)
            begin
             sync_state = SYNC_ACQUIRED_2A;
             sync_status_wire = SYNC_OK;
             enable_cgalign_wire = FALSE;
             good_cgs_wire = 2'b01;
            end
          end
        end
       SYNC_ACQUIRED_4:
        begin
         if (data_special_valid0 & data_special_valid1)
          begin
           sync_state = SYNC_ACQUIRED_4A;
           sync_status_wire = SYNC_OK;
           enable_cgalign_wire = FALSE;
           good_cgs_wire = good_cgs + 2'b10;
          end
         else if (sigdet_sync & ~data_special_valid0 & comma_valid1)
          begin
           sync_state = COMMA_DETECT_1;
           sync_status_wire = SYNC_FAIL;
           enable_cgalign_wire = FALSE;
           good_cgs_wire = 2'b00;
          end
         else
          begin
           sync_state = LOSS_OF_SYNC;
           sync_status_wire = SYNC_FAIL;
           enable_cgalign_wire = TRUE;
           good_cgs_wire = 2'b00;
          end
        end
       SYNC_ACQUIRED_4A:
        begin
         if (data_special_valid0 & data_special_valid1)
          begin
           if (good_cgs == 2'b01)
            begin
             sync_state = SYNC_ACQUIRED_4A;
             sync_status_wire = SYNC_OK;
             enable_cgalign_wire = FALSE;
             good_cgs_wire = good_cgs + 2'b10;
            end
           else if (good_cgs == 2'b10)
            begin
             sync_state = SYNC_ACQUIRED_3;
             sync_status_wire = SYNC_OK;
             enable_cgalign_wire = FALSE;
             good_cgs_wire = 2'b00;
            end
           else // if (good_cgs == 2'b11)
            begin
             sync_state = SYNC_ACQUIRED_3A;
             sync_status_wire = SYNC_OK;
             enable_cgalign_wire = FALSE;
             good_cgs_wire = 2'b01;
            end
          end
         else if (data_special_valid0 & ~data_special_valid1)
          begin
           if (good_cgs == 2'b01)
            begin
             sync_state = LOSS_OF_SYNC;
             sync_status_wire = SYNC_FAIL;
             enable_cgalign_wire = TRUE;
             good_cgs_wire = 2'b00;
            end
           else if (good_cgs == 2'b10)
            begin
             sync_state = LOSS_OF_SYNC;
             sync_status_wire = SYNC_FAIL;
             enable_cgalign_wire = TRUE;
             good_cgs_wire = 2'b00;
            end
           else // if (good_cgs == 2'b11)
            begin
             sync_state = SYNC_ACQUIRED_4;
             sync_status_wire = SYNC_OK;
             enable_cgalign_wire = FALSE;
             good_cgs_wire = 2'b00;
            end
          end
         else if (sigdet_sync & ~data_special_valid0 & comma_valid1)
          begin
           sync_state = COMMA_DETECT_1;
           sync_status_wire = SYNC_FAIL;
           enable_cgalign_wire = FALSE;
           good_cgs_wire = 2'b00;
          end
         else
          begin
           sync_state = LOSS_OF_SYNC;
           sync_status_wire = SYNC_FAIL;
           enable_cgalign_wire = TRUE;
           good_cgs_wire = 2'b00;
          end
        end
       default:
        begin
         sync_state = LOSS_OF_SYNC;
         sync_status_wire = SYNC_FAIL;
         enable_cgalign_wire = TRUE;
         good_cgs_wire = 2'b00;
        end
      endcase
    end

endmodule // cd_ssm


module sip_xpcs_cd_mux (/*AUTOARG*/
   // Outputs
   rout, 
   // Inputs
   bypass_sync, clk, position_7bit, position_10bit, rin, 
   sel_comma_sync
   );

   output [19:0] rout;

   input bypass_sync;
   input clk;
   input [4:0] position_7bit;
   input [4:0] position_10bit;
   input [19:0] rin;
   input sel_comma_sync;

   reg [19:0] aligned;
   reg [19:0] rin_z;

   reg  [19:0] rout;
   wire [19:0] rout_pre;
   wire [4:0] shift;

   assign rout_pre = bypass_sync ? rin : aligned;
   assign shift = sel_comma_sync ? position_7bit : position_10bit;

   always @(posedge clk)
    begin
     rin_z <= #1 rin;
    end

    // drorb: 26-Jan-06: add sample for timing
    always @(posedge clk)
     begin
      rout <= #1 rout_pre;
     end


   always @(/*AUTOSENSE*/rin or rin_z or shift)
    begin
     case (shift) 
      5'd0:
       begin
        aligned = rin;
       end
      5'd1:
       begin
        aligned = {rin[0],rin_z[19:1]};
       end
      5'd2:
       begin
        aligned = {rin[1:0],rin_z[19:2]};
       end
      5'd3:
       begin
        aligned = {rin[2:0],rin_z[19:3]};
       end
      5'd4:
       begin
        aligned = {rin[3:0],rin_z[19:4]};
       end
      5'd5:
       begin
        aligned = {rin[4:0],rin_z[19:5]};
       end
      5'd6:
       begin
        aligned = {rin[5:0],rin_z[19:6]};
       end
      5'd7:
       begin
        aligned = {rin[6:0],rin_z[19:7]};
       end
      5'd8:
       begin
        aligned = {rin[7:0],rin_z[19:8]};
       end
      5'd9:
       begin
        aligned = {rin[8:0],rin_z[19:9]};
       end
      5'd10:
       begin
        aligned = {rin[9:0],rin_z[19:10]};
       end
      5'd11:
       begin
        aligned = {rin[10:0],rin_z[19:11]};
       end
      5'd12:
       begin
        aligned = {rin[11:0],rin_z[19:12]};
       end
      5'd13:
       begin
        aligned = {rin[12:0],rin_z[19:13]};
       end
      5'd14:
       begin
        aligned = {rin[13:0],rin_z[19:14]};
       end
      5'd15:
       begin
        aligned = {rin[14:0],rin_z[19:15]};
       end
      5'd16:
       begin
        aligned = {rin[15:0],rin_z[19:16]};
       end
      5'd17:
       begin
        aligned = {rin[16:0],rin_z[19:17]};
       end
      5'd18:
       begin
        aligned = {rin[17:0],rin_z[19:18]};
       end
      5'd19:
       begin
        aligned = {rin[18:0],rin_z[19]};
       end
      default:
       begin
        aligned = rin;
       end
     endcase
    end

endmodule // cd_mux